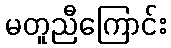
မတူညီကြောင်း